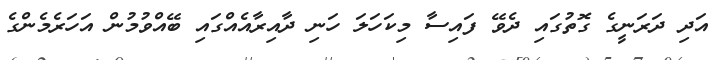
އަދި ދަރަނީގެ ގޮތުގައި ދެވޭ ފައިސާ މިކަހަލަ ހަނި ދާއިރާއެއްގައި ބޭއްވުމުން އަހަރެމެންގެ